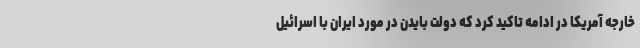
خارجه آمریکا در ادامه تاکید کرد که دولت بایدن در مورد ایران با اسرائیل